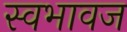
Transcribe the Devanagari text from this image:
स्वभावज